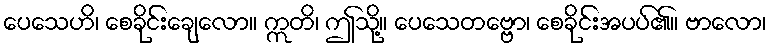
ပေသေဟိ၊ စေခိုင်းချေလော။ ဣတိ၊ ဤသို့။ ပေသေတဗ္ဗော၊ စေခိုင်းအပပ်၏။ ဗာလော၊